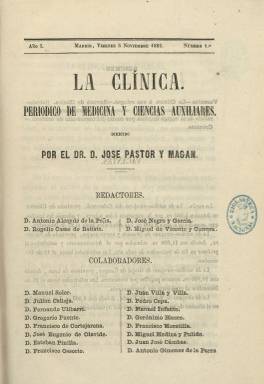
Título: Clínica (Madrid. 1862)
Colección: Medicina
Ámbito geográfico: Madrid
Lugar de publicación: Madrid
Fechas: 01/01/1862-19/06/1866

Con el subtítulo “periódico de medicina y ciencias auxiliares” y dirigido por el entonces joven médico-cirujano José Pastor Alemán, comenzó a publicarse el 5 de diciembre de 1862, en entregas de 16 páginas, compuestas a una columna y estampadas en la madrileña Imprenta de José M. Ducazcal. Tuvo como secretario de redacción a Antonio Alcayde de la Peña y como redactores a José Negro y García, Rogelio Casas de Batista y Miguel de Vicente y Carrera. Y en su cuadro de colaboradores aparecen Manuel Soler y Espalter, Miguel Medina y Pulido, Antonio Giménez de la Parra, Francisco Ossorio y Bernard, Juan Villa y Villa, Julián Calleja, Fernando Ulibarri, Francisco de Cortejarena, José Eugenio de Olavide, Esteban Pinilla, Pedro Cepa, Manuel Infante, Gerónimo Blasco, Francisco Moratilla y Juan José Cámbas, además de Gregorio Puente, que fallecería el diecisiete de diciembre de ese año.  El editor responsable será Gabriel Pastor, que debía ser hermano de su propietario.

Esta publicación científica aparecerá los días 5, 12, 19 y 26 de cada mes y se estructura en Sección teórica, Revista clínica, Revista de prensa, Vacantes, Crónica y Anuncios. Defenderá los intereses de la profesión médica, dará cuenta de las actividades académicas y de los adelantos científicos y técnicos y publicará estudios de práctica médica, bajo el amparo del eclecticismo filosófico, cuya escuela adopta como fundamento.

Deja de editarse tras publicar el número del 19 de diciembre de 1863 y reaparece el cinco de junio de 1864, iniciando su segunda época y nueva numeración de sus entregas.  Alcayde seguirá siendo secretario de redacción, pero asume ahora la dirección José Negro y García, formando parte de su cuadro de redactores Casas y Ossorio, y sumándose al mismo Miguel de la Plata y Márcos, José de Pontes y Rosales y José García Ramos. El editor responsable será ahora Francisco Mingo, y ofrecerá más atención a secciones como Bibliografía, Clínicas extranjeras, Revista de prensa extranjera y Crónicas.

A partir de febrero de 1866 sus entregas serán de 24 páginas, asumiendo García Ramos la secretaría de redacción y estructurándose en dos grandes secciones, la teórica y la práctica. Entre las firmas de sus textos aparecen las de L. Martínez Reguera, M.J. González Crespo, Bartolomé Robert, Francisco Muñoz, E. Martín de Pedro, R. de la Vega, M. Taboada,  C. Mestre y Marzal o B. Quesada y Agius.

Publicará también índices alfabéticos de materias, y su última entrega corresponde al 19 de junio de 1866.